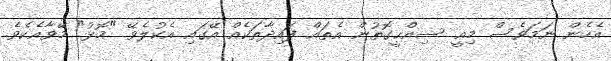
އެހެން ނަމަވެސް މިއީ ސިއްޙީގޮތުން އެތައް ފައިދާތަކެއް އޭގައި އެކުލެވޭ "މޮޅު" މޭވާއެކެވެ.